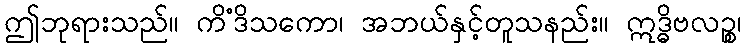
ဤဘုရားသည်။ ကိံဒိသကော၊ အဘယ်နှင့်တူသနည်း။ ဣဒ္ဓိဗလဉ္စ၊